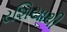
રશિયાથી